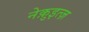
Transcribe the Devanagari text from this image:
नेक़ुइत्ज़